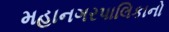
મહાનગરપાલિકાનો